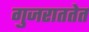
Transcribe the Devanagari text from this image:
गुजराततेत